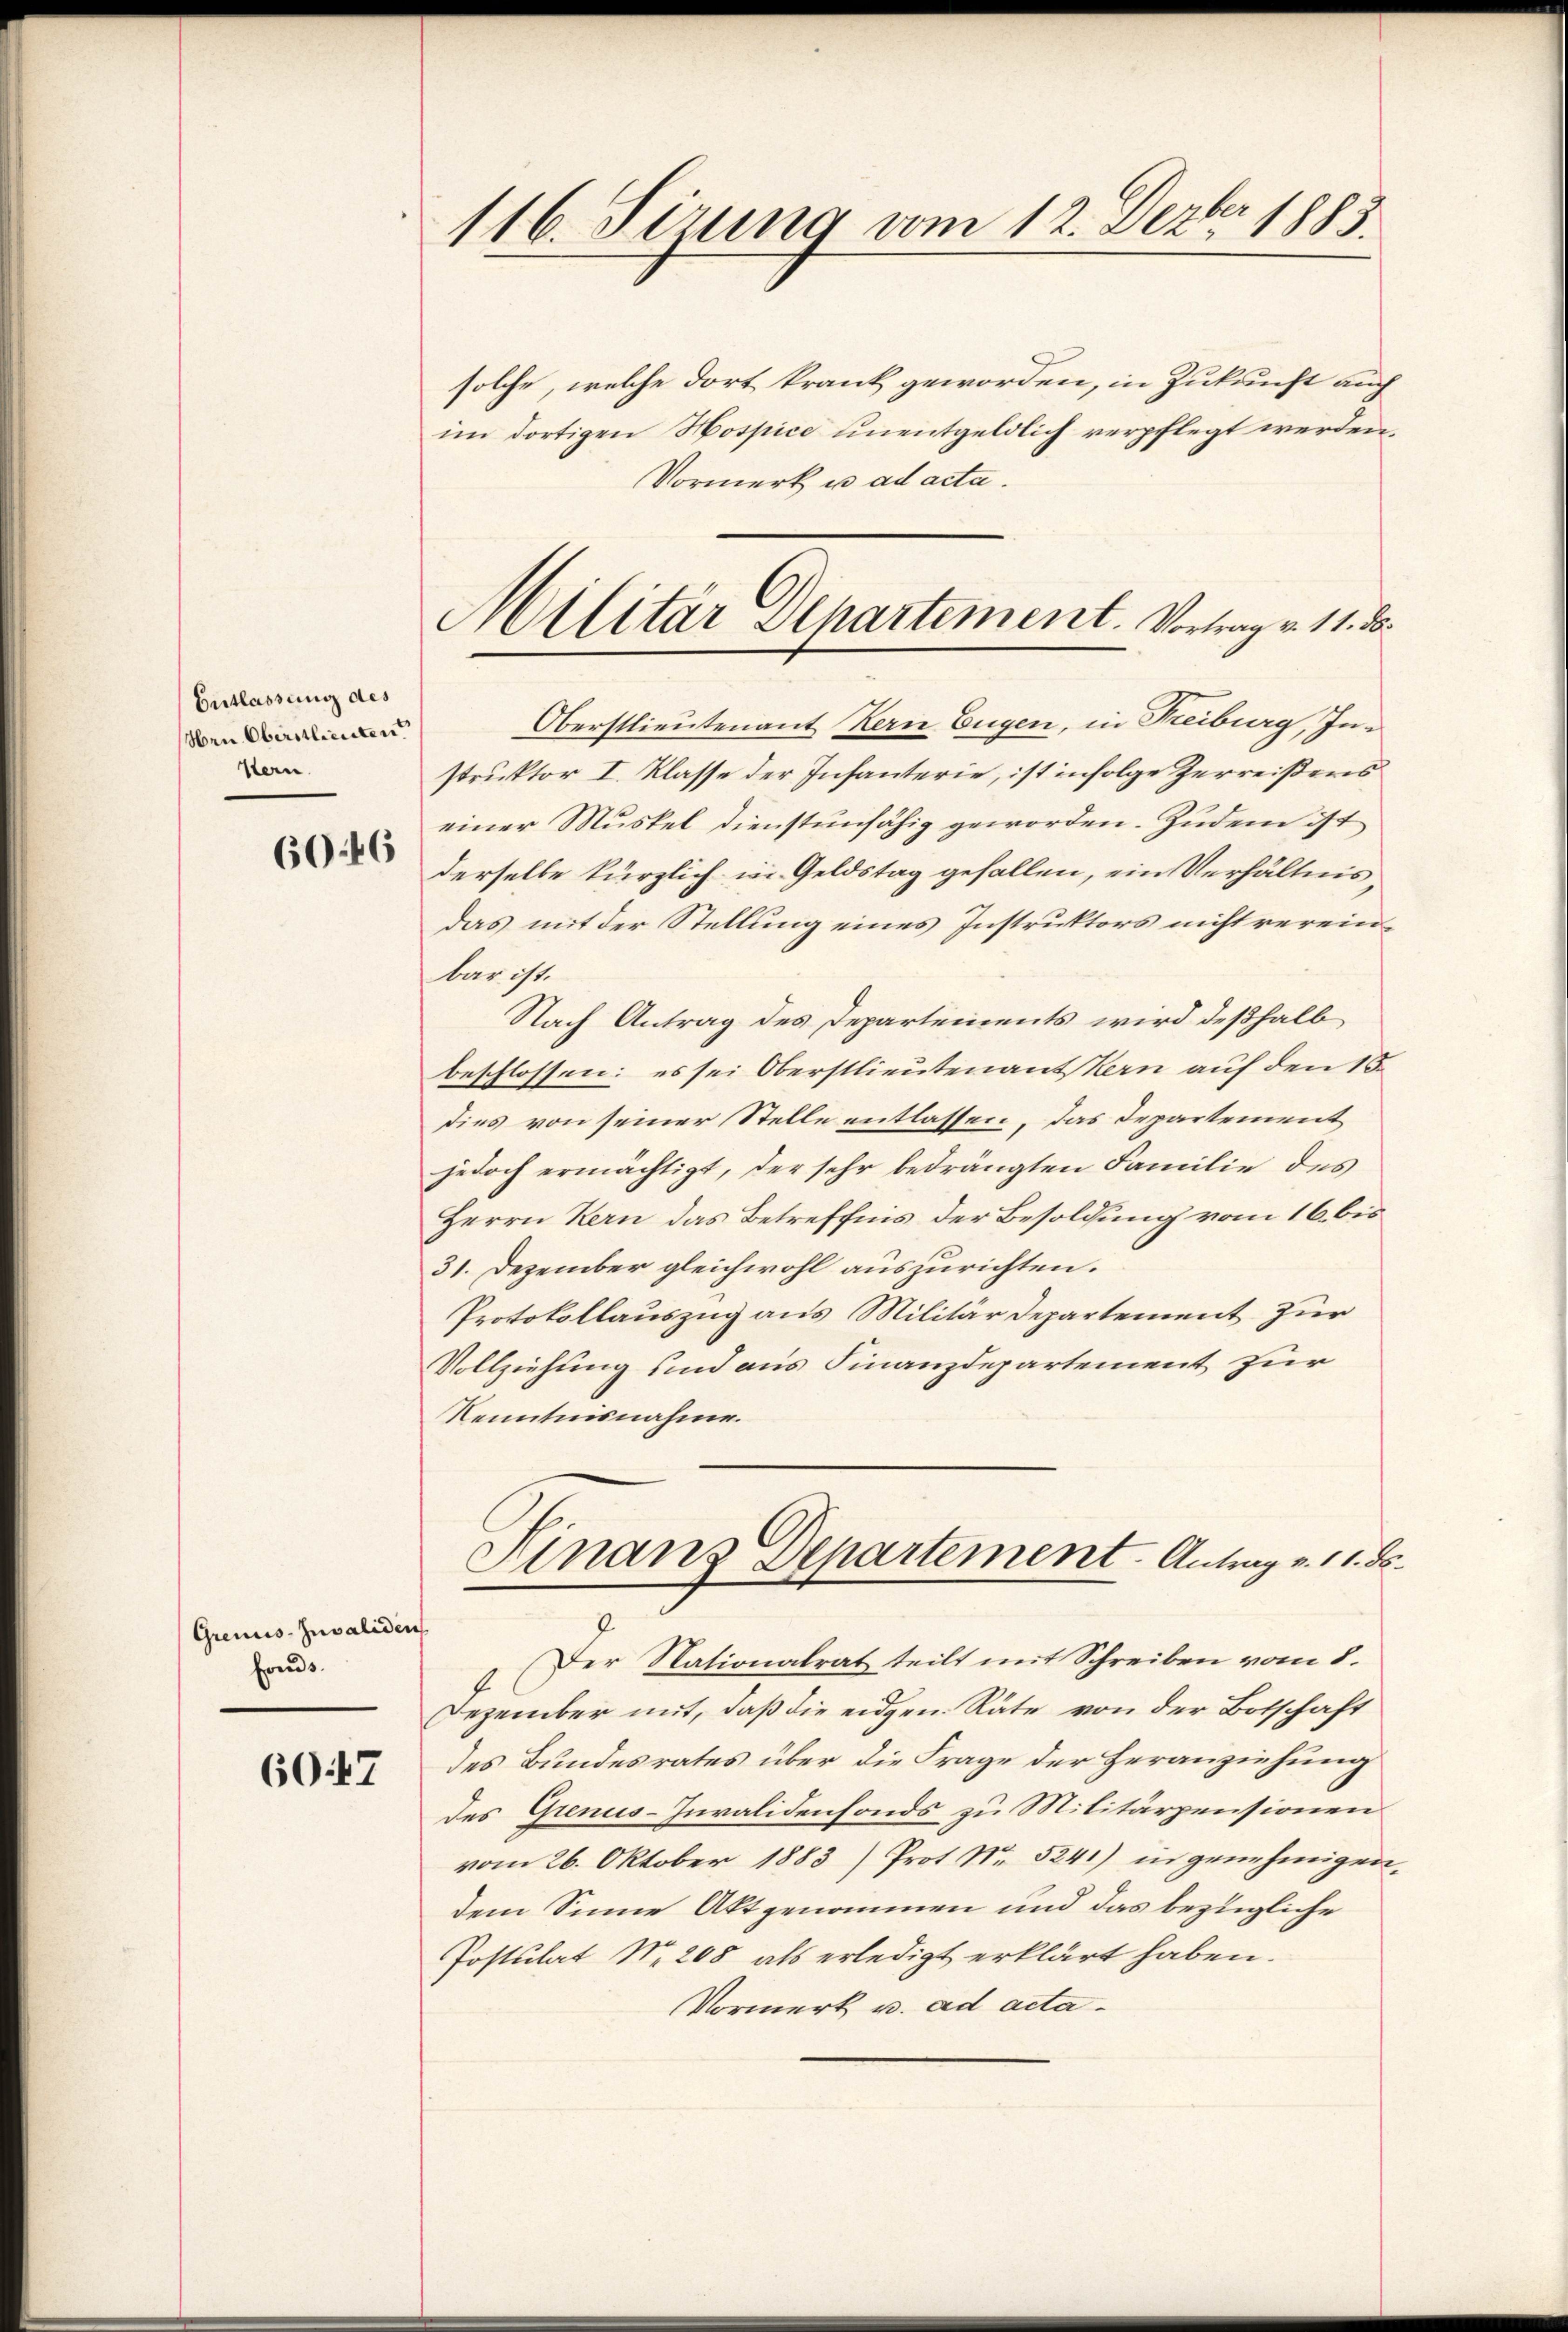
Entlassung des
Hrn. Oberstlieuten.
Hern.

60:46

Grenis-Invaliden
fonds.

6047

116. Sirung vom 12. Dezbr. 1883.

Militär Departement. Vortrag v. 11. d.

solche, welche dort krank geworden, in Zukunft auch
im dortigen Hospice unentgeldlich verpflegt werden.
Vormerk u. ad acta.
Oberstlieutenant Kern Eugen, in Freiburg, Instruktor I. Klasse der Infanterie, ist infolge Zerreißens
einer Muskel dienstunfähig geworden. Zudem ist
derselbe kürzlich in Geldstag gefallen, ein Verhältnis,
das mit der Stellung eines Instruktors nicht vereinbar ist.
Nach Antrag des Departements wird deßhalb
beschlossen: es sei Oberstlieutenantskern auf den 15.
dies von seiner Stelle entlassen, das Departement
jedoch ermächtigt, der sehr bedrängten Familie des
Herrn Kern das Betreffens der Besoldung vom 16. bis
31. Dezember gleichwohl auszurichten.
Protokollauszug aus Militärdepartement zur
Vollziehung und aus Finanzdepartement zur
Kenntnisnahme.
Finanz Departement. Antrag v. 11. ds.
Der Nationalrat teilt mit Schreiben vom 8.
Dezember mit, daß die eidgen. Räte von der Botschaft
des Bundesrates über die Frage der Heranziehung
des Grenus-Invalidenfonds zu Militärpensionen
vom 26. Oktober 1883) Prot. Nr. 5241) in genehmigen-
dem Sinne Aktgenommen und das bezügliche
Postulat Nr. 208 als erledigt erklärt haben.
Vormerk u. ad acta¬